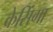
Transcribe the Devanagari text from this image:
केसिंगा